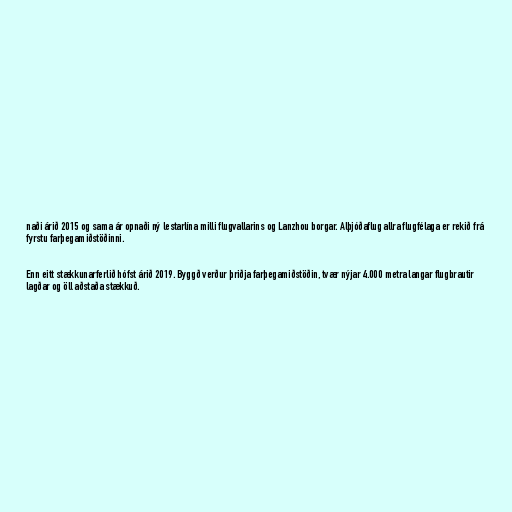
naði árið 2015 og sama ár opnaði ný lestarlína milli flugvallarins og Lanzhou borgar. Alþjóðaflug allra flugfélaga er rekið frá
fyrstu farþegamiðstöðinni.

Enn eitt stækkunarferlið hófst árið 2019. Byggð verður þriðja farþegamiðstöðin, tvær nýjar 4.000 metra langar flugbrautir
lagðar og öll aðstaða stækkuð.